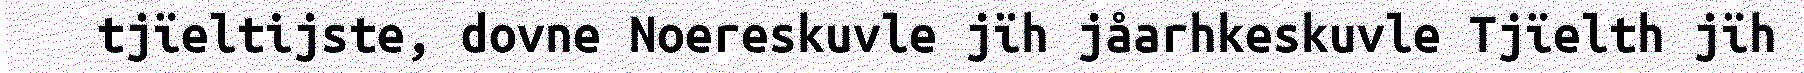
tjïeltijste, dovne Noereskuvle jïh jåarhkeskuvle Tjïelth jïh